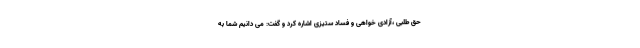
حق طلبی ،آزادی خواهی و فساد ستیزی اشاره کرد و گفت: می دانیم شما به